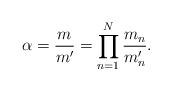
LaTeX: \begin{align*} \alpha = \frac{m}{m'} = \prod_{n=1}^N\frac{m_n}{m'_n}. \end{align*}